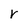
Character: r